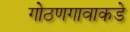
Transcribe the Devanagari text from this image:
गोठणगावाकडे